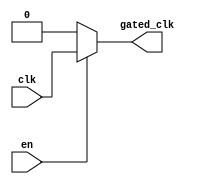
module ClockGatingBuffer (
    input wire clk,       // Primary clock input
    input wire en,        // Enable signal
    output wire gated_clk // Gated clock output
);

// Internal signal to hold the gated clock
reg gated_clk_reg;

// Always block to implement the clock gating logic
always @(*) begin
    if (en) begin
        gated_clk_reg = clk; // Pass the clock through when enabled
    end else begin
        gated_clk_reg = 1'b0; // Hold the clock low when disabled
    end
end

// Assign the gated clock output
assign gated_clk = gated_clk_reg;

endmodule